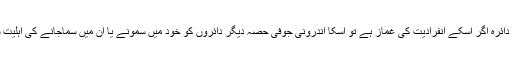
اسکا فرضی مدّور دائرہ اگر اسکے انفرادیت کی غماز ہے تو اسکا اندرونی جوفی حصّہ دیگر دائروں کو خود میں سمونے یا ان میں سماجانے کی اہلیت سے مالا مال ہے۔